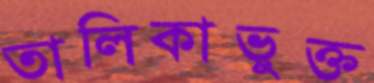
তালিকাভুক্ত